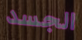
الجسد